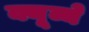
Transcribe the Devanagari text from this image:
क्यूव्ये